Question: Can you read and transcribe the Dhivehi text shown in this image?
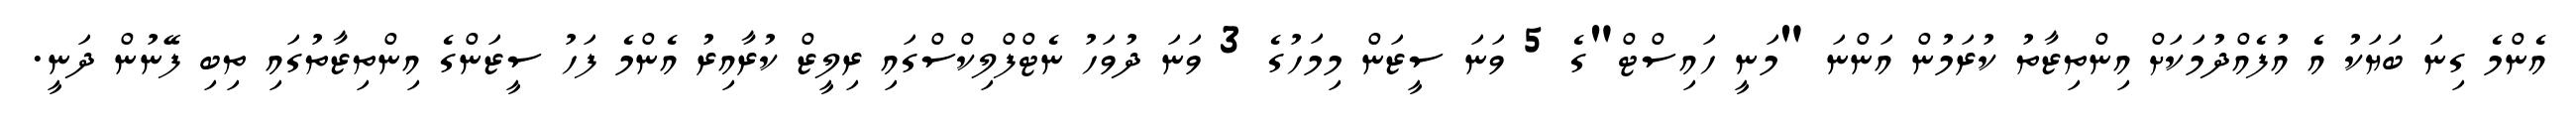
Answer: އެންމެ ގިނަ ބަޔަކު އެ އުފެއްދުމަކަށް އިންތިޒާތު ކުރަމުން އަންނަ "މަނީ ހައިސްޓް"ގެ 5 ވަނަ ސީޒަން މިމަހުގެ 3 ވަނަ ދުވަހު ނެޓްފްލިކްސްގައި ރިލީޒް ކުރާއިރު އެންމެ ފަހު ސީޒަންގެ އިންތިޒާތުގައި ތިބި ފޭނުން ދަނީ.